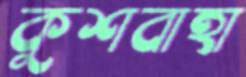
কুশবাহা